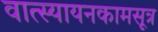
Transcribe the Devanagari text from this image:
वात्स्यायनकामसूत्र